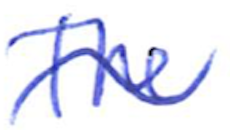
Text: The
Cross-out: wave
Writing tool: ballpoint